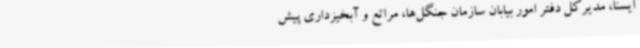
ایسنا، مدیرکل دفتر امور بیابان سازمان جنگل‌ها، مراتع و آبخیزداری پیش